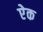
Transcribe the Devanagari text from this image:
एेक